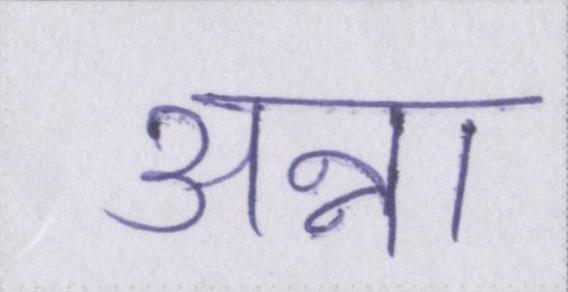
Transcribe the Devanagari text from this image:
अन्ना